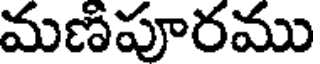
మణపూరము